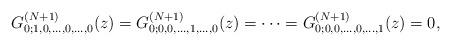
LaTeX: \begin{align*} G^{\left(N+1\right)}_{0;1,0, \dots,0,\dots, 0}(z)=G^{\left(N+1\right)}_{0;0,0, \dots,1,\dots, 0}(z)=\dots=G^{\left(N+1\right)}_{0;0,0, \dots,0,\dots, 1}(z)=0,\end{align*}